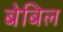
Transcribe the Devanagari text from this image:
बेबिल